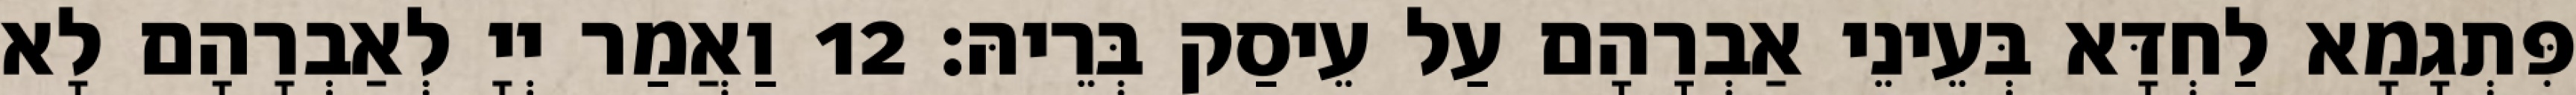
פִּתְגָמָא לַחְדָּא בְּעֵינֵי אַבְרָהָם עַל עֵיסַק בְּרֵיהּ׃ 12 וַאֲמַר יְיָ לְאַבְרָהָם לָא